Indian Civil Veterinary Department memoirs
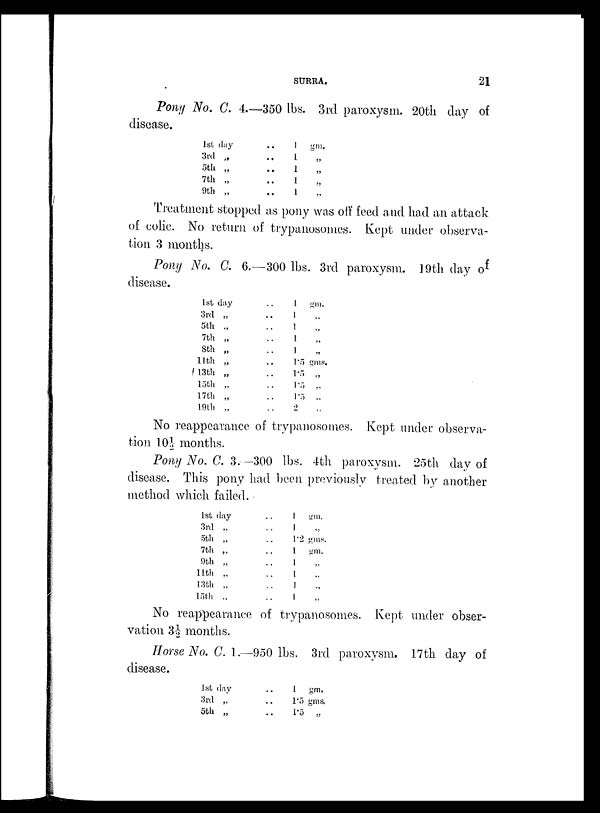
SURRA.
21
Pony No. C. 4.—350 lbs. 3rd paroxysm. 20th day of
disease.
1st day
3rd „
5th „
7th „
9th „
. .
. .
. .
. .
. .
1 gm.
1 „
1
„
1 „
1 „
Treatment stopped as pony was off feed and had an attack
of colic. No return of trypanosomes. Kept under observa-
tion 3 months.
Pony No. C. 6.—300 lbs. 3rd paroxysm. 19th day of
disease.
1st day
3rd „
5th „
7th „
8th „
11th „
13th „
15th „
17th „
19th „
. .
. .
. .
. .
. .
. .
. .
. .
. .
. .
1 gms
1 „
1 „
1 „
1 „
1.5 gms.
1.5 „
1.5 „
1.5 „
2 „
No reappearance of trypanosomes. Kept under observa-
tion 10½ months.
Pony No. C. 3.—300 lbs. 4th paroxysm. 25th day of
disease. This pony had been previously treated by another
method which failed.
1st day
3rd „
5th „
7th „
9th „
11th „
13th „
15th „
. .
. .
. .
. .
. .
. .
. .
. .
1 gm.
1 „
1.2 gms.
1
gm.
1 „
1 „
1
„
1
„
No reappearance of trypanosomes. Kept under obser-
vation 3½ months.
Horse No. C. 1.—950 lbs. 3rd paroxysm. 17th day of
disease.
1st day
3rd „
5th „
. .
. .
. .
1 gm.
1.5 gms.
1.5 „